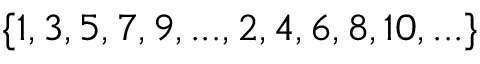
\{ 1 , 3 , 5 , 7 , 9 , . . . , 2 , 4 , 6 , 8 , 1 0 , . . . \}